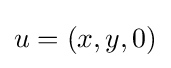
u=(x,y,0)